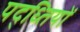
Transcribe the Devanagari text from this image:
पद्ध्तियों